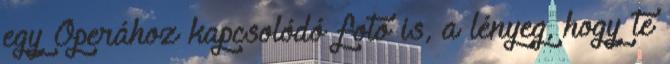
egy Operához kapcsolódó fotó is, a lényeg, hogy te